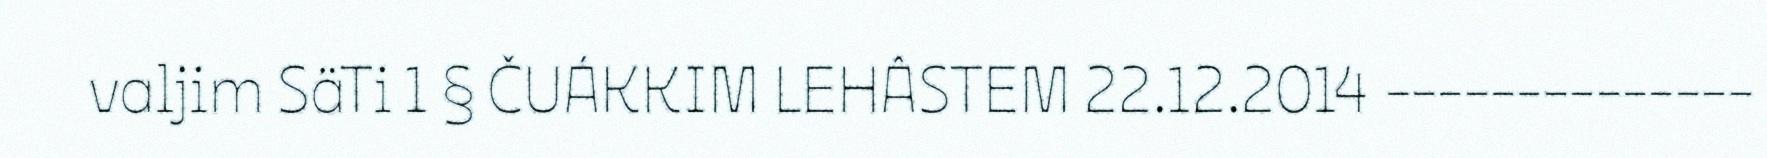
valjim SäTi 1 § ČUÁKKIM LEHÂSTEM 22.12.2014 --------------